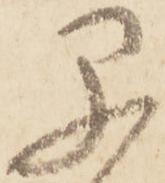
早